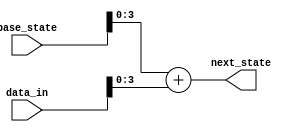
module state_evaluator(
    input [7:0] base_state,
    input [7:0] data_in,
    output [R-1:0] next_state
    );
    
    parameter R = 4;
    
    assign next_state = base_state + data_in;
    
endmodule